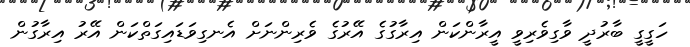
ހަގީގީ ބާރުދީ ވާގިވެރިވީ އީރާންކަން އިރާގުގެ އޭރުގެ ވެރިންނަށް އެނގިވަޑައިގަތްކަން އޭރު އިރާގުން